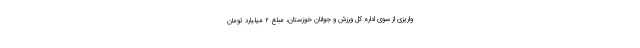
واریزی از سوی اداره کل ورزش و جوانان خوزستان، مبلغ ۲ میلیارد تومان